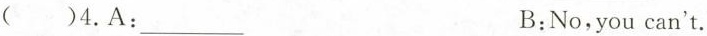
( )4.A: ___B:No,you can't.